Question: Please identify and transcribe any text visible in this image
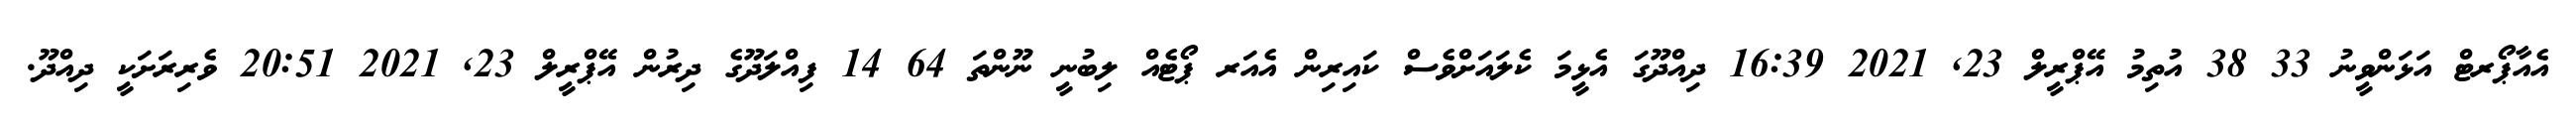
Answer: އެއާޕޯރޓް އަޅަންވީނު 33 38 އުތިމު އޭޕްރީލް 23, 2021 16:39 ދިއްދޫގަ އެޅީމަ ކެލައަށްވެސް ކައިރިން އެއަރ ޕޯޓެއް ލިބުނީ ނޫންތަ 64 14 ފިއްލަދޫގެ ދިރުން އޭޕްރީލް 23, 2021 20:51 ވެރިރަށަކީ ދިއްދޫ.